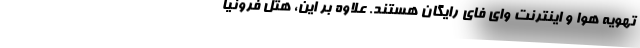
تهویه هوا و اینترنت وای فای رایگان هستند. علاوه بر این، هتل فرونیا